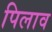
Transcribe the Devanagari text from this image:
पिलाव